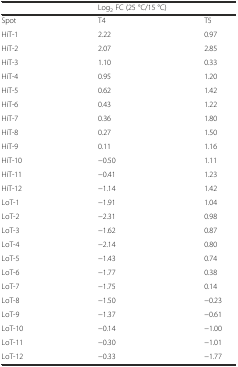
|  | <COLSPAN=2> Log2 FC (25 °C/15 °C) |
 | --- | --- | --- |
 | Spot | T4 | T5 |
 | HiT-1 | 2.22 | 0.97 |
 | HiT-2 | 2.07 | 2.85 |
 | HiT-3 | 1.10 | 0.33 |
 | HiT-4 | 0.95 | 1.20 |
 | HiT-5 | 0.62 | 1.42 |
 | HiT-6 | 0.43 | 1.22 |
 | HiT-7 | 0.36 | 1.80 |
 | HiT-8 | 0.27 | 1.50 |
 | HiT-9 | 0.11 | 1.16 |
 | HiT-10 | −0.50 | 1.11 |
 | HiT-11 | −0.41 | 1.23 |
 | HiT-12 | −1.14 | 1.42 |
 | LoT-1 | −1.91 | 1.04 |
 | LoT-2 | −2.31 | 0.98 |
 | LoT-3 | −1.62 | 0.87 |
 | LoT-4 | −2.14 | 0.80 |
 | LoT-5 | −1.43 | 0.74 |
 | LoT-6 | −1.77 | 0.38 |
 | LoT-7 | −1.75 | 0.14 |
 | LoT-8 | −1.50 | −0.23 |
 | LoT-9 | −1.37 | −0.61 |
 | LoT-10 | −0.14 | −1.00 |
 | LoT-11 | −0.30 | −1.01 |
 | LoT-12 | −0.33 | −1.77 |